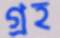
গ্রহ